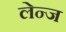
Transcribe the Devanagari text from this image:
लेन्ज